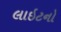
લાઇટનો